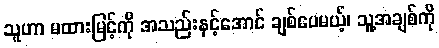
သူဟာ မထားမြင့်ကို အသည်းနင့်အောင် ချစ်ပေမယ့်၊ သူ့အချစ်ကို